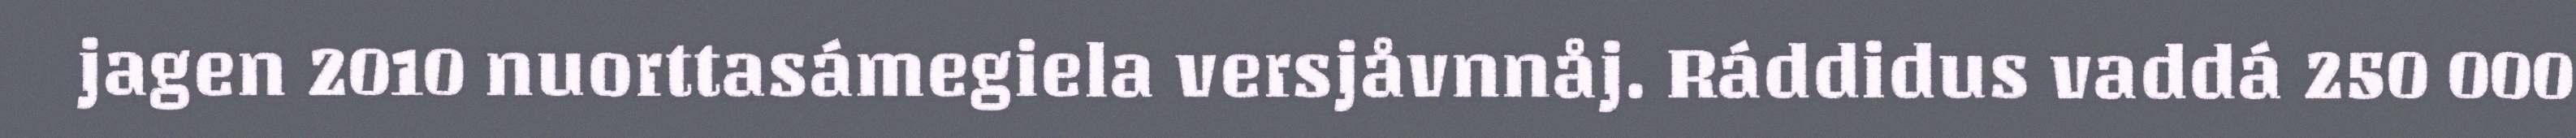
jagen 2010 nuorttasámegiela versjåvnnåj. Ráddidus vaddá 250 000